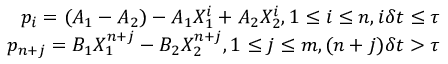
\begin{array} { r } { p _ { i } = ( A _ { 1 } - A _ { 2 } ) - A _ { 1 } X _ { 1 } ^ { i } + A _ { 2 } X _ { 2 } ^ { i } , 1 \leq i \leq n , i \delta t \leq \tau } \\ { p _ { n + j } = B _ { 1 } X _ { 1 } ^ { n + j } - B _ { 2 } X _ { 2 } ^ { n + j } , 1 \leq j \leq m , ( n + j ) \delta t > \tau } \end{array}